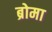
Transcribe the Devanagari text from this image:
ब्रोमा